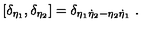
\left[ \delta _ { \eta _ { 1 } } , \delta _ { \eta _ { 2 } } \right] = \delta _ { \eta _ { 1 } \dot { \eta } _ { 2 } - \eta _ { 2 } \dot { \eta } _ { 1 } } \ .